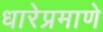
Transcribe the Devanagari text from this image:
धारेप्रमाणे